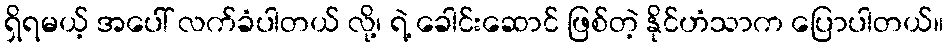
ရှိရမယ့် အပေါ် လက်ခံပါတယ် လို့၊ ရဲ့ ခေါင်းဆောင် ဖြစ်တဲ့ နိုင်ဟံသာက ပြောပါတယ်။